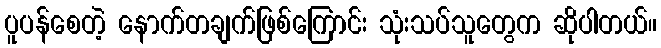
ပူပန်စေတဲ့ နောက်တချက်ဖြစ်ကြောင်း သုံးသပ်သူတွေက ဆိုပါတယ်။